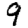
Digit: 9